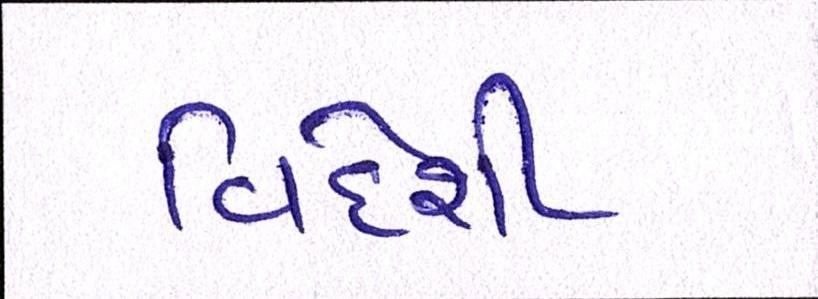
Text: વિદેશી